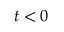
t < 0